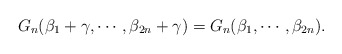
\begin{align*}G_n(\beta_1+\gamma,\cdots,\beta_{2n}+\gamma)=G_n(\beta_1,\cdots,\beta_{2n}).\end{align*}